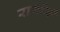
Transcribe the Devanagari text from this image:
रामोंजी